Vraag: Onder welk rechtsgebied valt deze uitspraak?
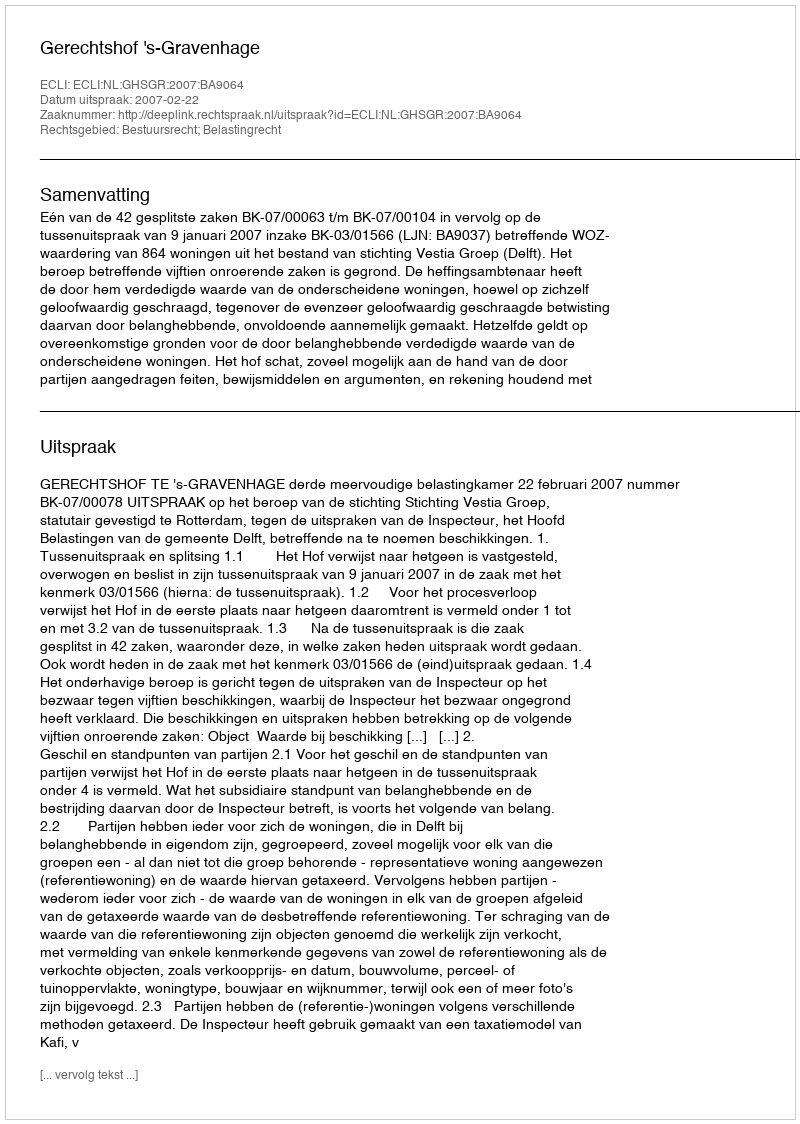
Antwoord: Bestuursrecht; Belastingrecht